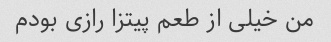
من خیلی از طعم پیتزا رازی بودم